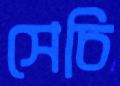
সেচি